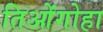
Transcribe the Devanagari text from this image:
तिओंगोहा